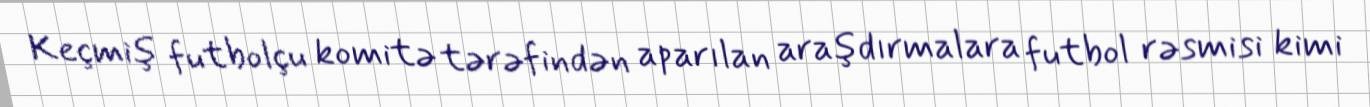
Keçmiş futbolçu komitə tərəfindən aparılan araşdırmalara futbol rəsmisi kimi